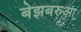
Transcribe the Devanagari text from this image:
बेझबरुआ